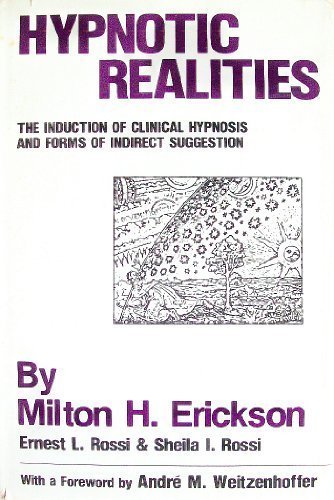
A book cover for Hypnotic Realities: The Induction of Clinical Hypnosis and Forms of Indirect Suggestion; Milton H. Erickson; Health, Fitness & Dieting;